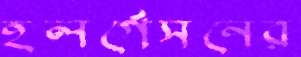
হলর্গেসনের